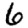
Digit: 6